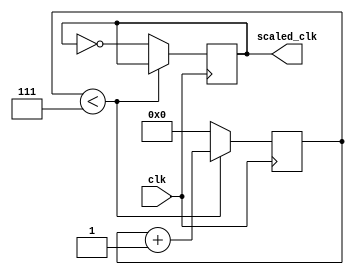
`timescale 1ns / 1ps
//////////////////////////////////////////////////////////////////////////////////
// Company: 
// Engineer: 
// 
// Design Name: 
// Module Name: freq_diivder
// Project Name: 
// Target Devices: 
// Tool Versions: 
// Description: 
// 
// Dependencies: 
// 
// Revision:
// Revision 0.01 - File Created
// Additional Comments:
// 
//////////////////////////////////////////////////////////////////////////////////


module freq_diivder(scaled_clk,clk);
output reg scaled_clk;
input clk;
reg [3:0] counter;
initial
 begin
    scaled_clk<=1;
    counter<=1'd0;
 end

always @(posedge clk)
 begin
    if(counter<7)
    begin
        counter<=counter+1'd1;
        
    end
    else
    begin
        counter = 1'd0;
        scaled_clk=~scaled_clk;
    end
 end
endmodule